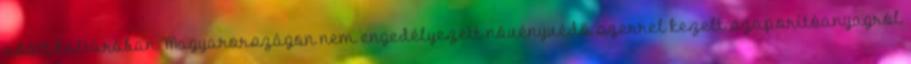
adott kultúrában Magyarországon nem engedélyezett növényvédő szerrel kezelt szaporítóanyagról